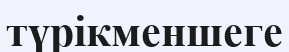
түрікменшеге